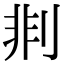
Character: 剕